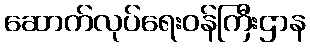
ဆောက်လုပ်ရေးဝန်ကြီးဌာန